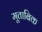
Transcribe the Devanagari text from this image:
मूताबिक